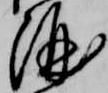
酒